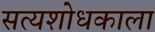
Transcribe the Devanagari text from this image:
सत्यशोधकाला